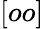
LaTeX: [oo]